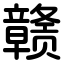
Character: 赣